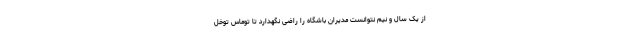
از یک سال و نیم نتوانست مدیران باشگاه را راضی نگهدارد تا توماس توخل